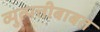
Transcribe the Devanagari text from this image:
व्युत्पत्तीबाबत